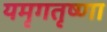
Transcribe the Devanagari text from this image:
यमृगतृष्णा